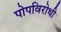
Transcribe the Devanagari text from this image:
पोपविरोधी